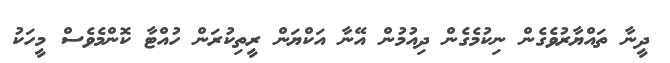
ދީނާ ތައްޔާރުވެގެން ނިކުމެގެން ދިއުމުން އޭނާ އަކްޔަން ރީތިކުރަން ހުއްޓާ ކޮންމެވެސް މީހަކު